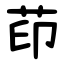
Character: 茚